Elephants and their diseases
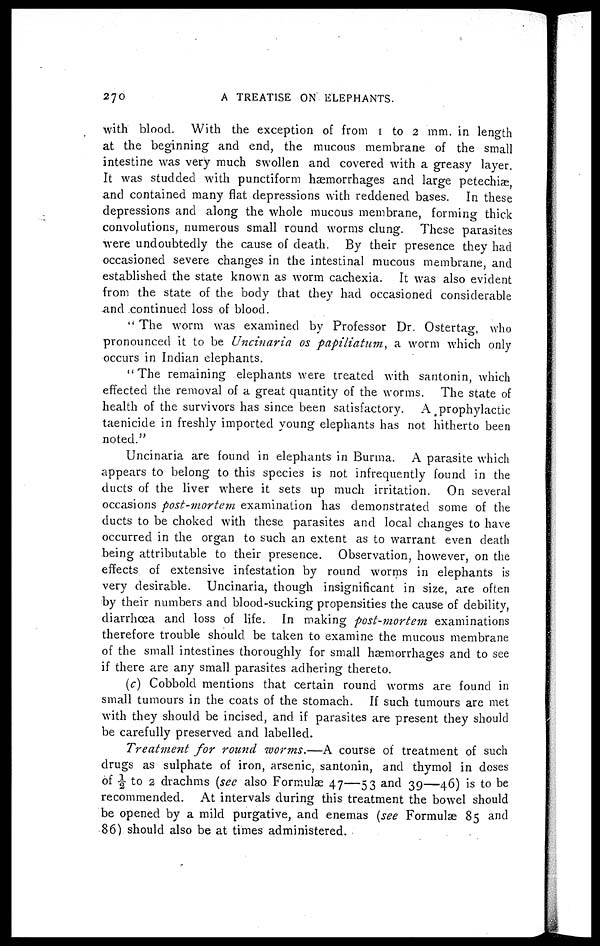
270
A TREATISE ON ELEPHANTS.
with blood. With the exception of from 1 to 2 mm. in length
at the beginning and end, the mucous membrane of the small
intestine was very much swollen and covered with a greasy layer.
It was studded with punctiform hæmorrhages and large petechiæ,
and contained many flat depressions with reddened bases. In these
depressions and along the whole mucous membrane, forming thick
convolutions, numerous small round worms clung. These parasites
were undoubtedly the cause of death. By their presence they had
occasioned severe changes in the intestinal mucous membrane, and
established the state known as worm cachexia. It was also evident
from the state of the body that they had occasioned considerable
and continued loss of blood.
" The worm was examined by Professor Dr. Ostertag, who
pronounced it to be Uncinaria os papiliatum, a worm which only
occurs in Indian elephants.
"The remaining elephants were treated with santonin, which
effected the removal of a great quantity of the worms. The state of
health of the survivors has since been satisfactory. A prophylactic
taenicide in freshly imported young elephants has not hitherto been
noted."
Uncinaria are found in elephants in Burma. A parasite which
appears to belong to this species is not infrequently found in the
ducts of the liver where it sets up much irritation. On several
occasions post-mortem examination has demonstrated some of the
ducts to be choked with these parasites and local changes to have
occurred in the organ to such an extent as to warrant even death
being attributable to their presence. Observation, however, on the
effects of extensive infestation by round worms in elephants is
very desirable. Uncinaria, though insignificant in size, are often
by their numbers and blood-sucking propensities the cause of debility,
diarrhoea and loss of life. In making post-mortem examinations
therefore trouble should be taken to examine the mucous membrane
of the small intestines thoroughly for small hæmorrhages and to see
if there are any small parasites adhering thereto.
(c) Cobbold mentions that certain round worms are found in
small tumours in the coats of the stomach. If such tumours are met
with they should be incised, and if parasites are present they should
be carefully preserved and labelled.
Treatment for round worms.—A course of treatment of such
drugs as sulphate of iron, arsenic, santonin, and thymol in doses
of ½ to 2 drachms (see also Formulæ 47—53 and 39—46) is to be
recommended. At intervals during this treatment the bowel should
be opened by a mild purgative, and enemas {see Formulae 85 and
86) should also be at times administered.